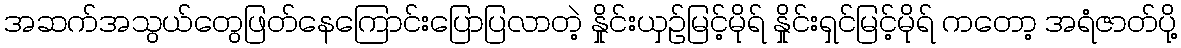
အဆက်အသွယ်တွေဖြတ်နေကြောင်းပြောပြလာတဲ့ နှိုင်းယှဉ်မြင့်မိုရ် နှိုင်းရှင်မြင့်မိုရ် ကတော့ အရံဇာတ်ပို့